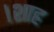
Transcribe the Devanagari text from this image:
।शाह